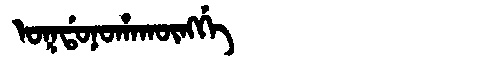
Manchu: ᠣᡴᡩᠣᠨᠣᡥᠠᡴᡡᠩᡤᡝ
Romanization: OKDONOHAKŪNGGE